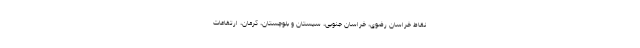
نقاط خراسان رضوی، خراسان جنوبی، سیستان و بلوچستان، کرمان، ارتفاعات